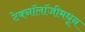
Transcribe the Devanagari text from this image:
टेक्‍नॉलॉजीमधून